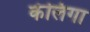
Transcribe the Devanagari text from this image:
कंलिगा